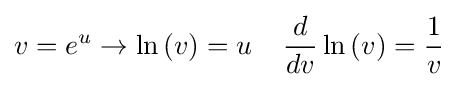
v=e^{u}\rightarrow \ln \left(v\right)=u\;\;\;\;{\frac {d}{dv}}\ln \left(v\right)={\frac {1}{v}}